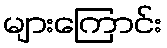
များကြောင်း